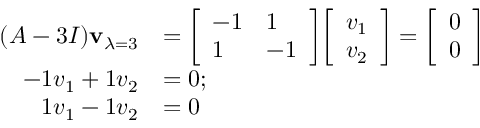
{ \begin{array} { r l } { ( A - 3 I ) \mathbf { v } _ { \lambda = 3 } } & { = { \left[ \begin{array} { l l } { - 1 } & { 1 } \\ { 1 } & { - 1 } \end{array} \right] } { \left[ \begin{array} { l } { v _ { 1 } } \\ { v _ { 2 } } \end{array} \right] } = { \left[ \begin{array} { l } { 0 } \\ { 0 } \end{array} \right] } } \\ { - 1 v _ { 1 } + 1 v _ { 2 } } & { = 0 ; } \\ { 1 v _ { 1 } - 1 v _ { 2 } } & { = 0 } \end{array} }